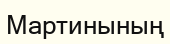
Мартинының